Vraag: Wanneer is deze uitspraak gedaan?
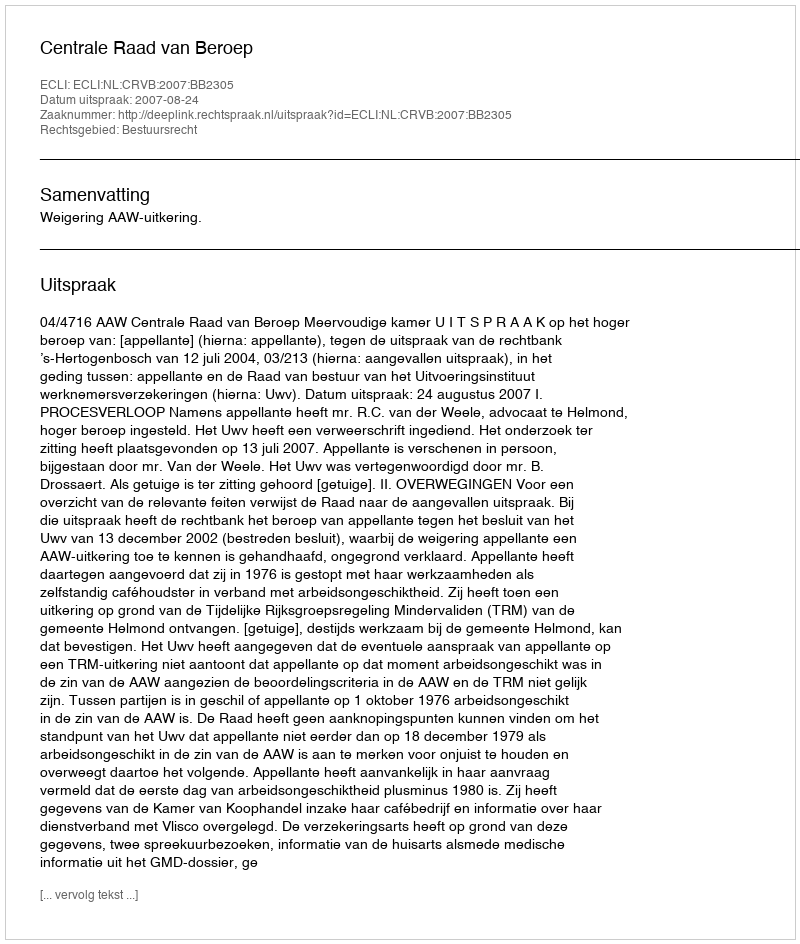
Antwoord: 2007-08-24